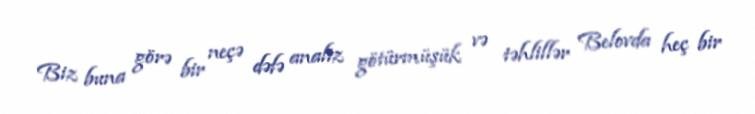
Biz buna görə bir neçə dəfə analiz götürmüşük və təhlillər Belovda heç bir